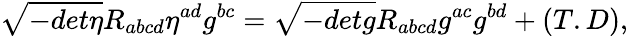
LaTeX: \sqrt{-det\eta}R_{abcd}\eta^{ad}g^{bc}=\sqrt{-detg}R_{abcd}g^{ac}g^{bd}+(T.D),